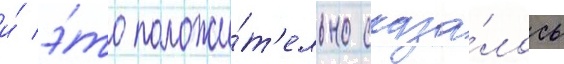
и́ э́то положи́т'ельно сказа́лось